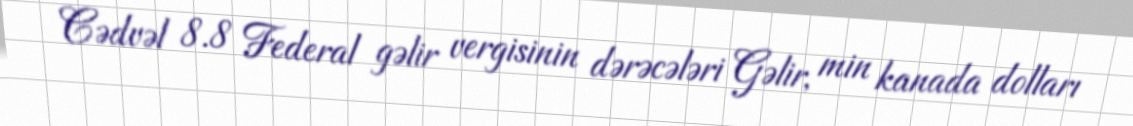
Cədvəl 8.8 Federal gəlir vergisinin dərəcələri Gəlir, min kanada dolları